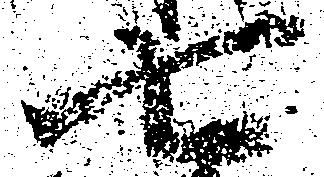
七